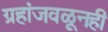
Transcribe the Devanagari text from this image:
ग्रहांजवळूनही